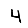
Digit: 4